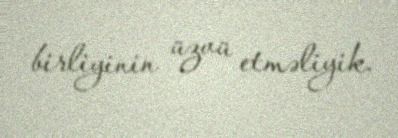
birliyinin üzvü etməliyik.